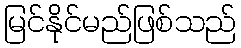
မြင်နိုင်မည်ဖြစ်သည်